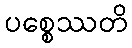
ပစ္စေဿတိ